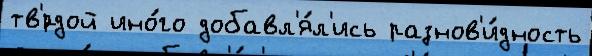
тв'́рдой ино́го добавл'я́л'ись разнов'и́дность